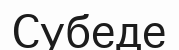
Субеде